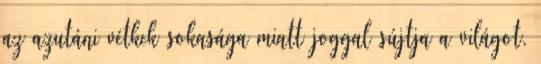
az azutáni vétkek sokasága miatt joggal sújtja a világot.